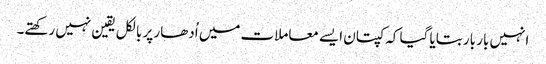
انہیں بار بار بتایا گیا کہ کپتان ایسے معاملات میں اُدھار پر بالکل یقین نہیں رکھتے۔